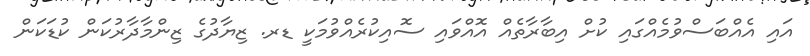
އައި އެއްބަސްވުމެއްގައި ކުށް އިބާރާތެއް އޮއްވައި ސޮއިކުރެއްވުމަކީ ޑރ. ޒިޔާދުގެ ޒިންމާދާރުކަން ކުޑަކަން